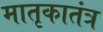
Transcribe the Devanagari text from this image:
मातृकातंत्र